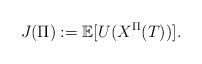
LaTeX: \begin{align*}J(\Pi):= \mathbb{E}[U(X^\Pi(T))].\end{align*}